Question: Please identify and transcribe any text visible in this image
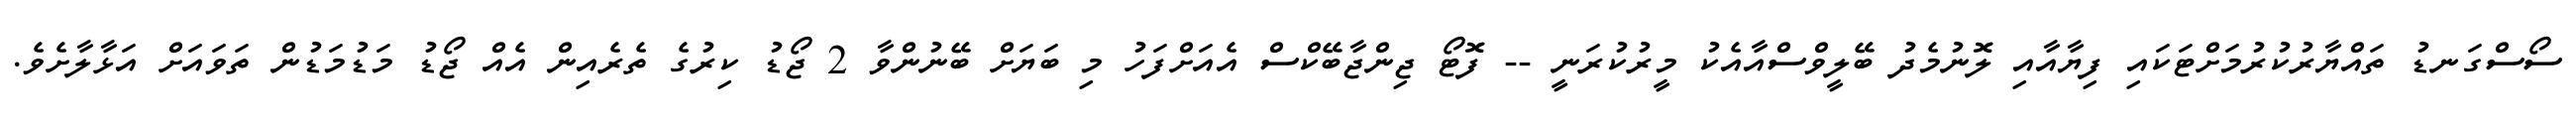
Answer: ސޯސްގަނޑު ތައްޔާރުކުރުމަށްޓަކައި ފިޔާއާއި ލޮނުމެދު ބޭލީވްސްއާއެކު މީރުކުރަނީ -- ފޮޓޯ ޖިންޖާބޭކްސް އެއަށްފަހު މި ބަޔަށް ބޭނުންވާ 2 ޖޯޑު ކިރުގެ ތެރެއިން އެއް ޖޯޑު މަޑުމަޑުން ތަވައަށް އަޅާލާށެވެ.